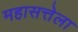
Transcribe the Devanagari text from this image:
महासत्तेला